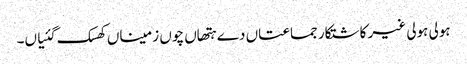
ہولی ہولی غیر کاشتکار جماعتاں دے ہتھاں چوں زمیناں کھسک گئیاں۔